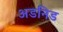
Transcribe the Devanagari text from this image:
अडनिड